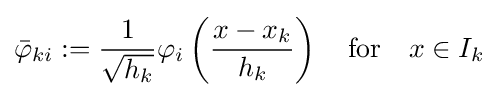
{\bar {\varphi }}_{ki}:={\frac {1}{\sqrt {h_{k}}}}\varphi _{i}\left({\frac {x-x_{k}}{h_{k}}}\right)\quad {\text{for}}\quad x\in I_{k}